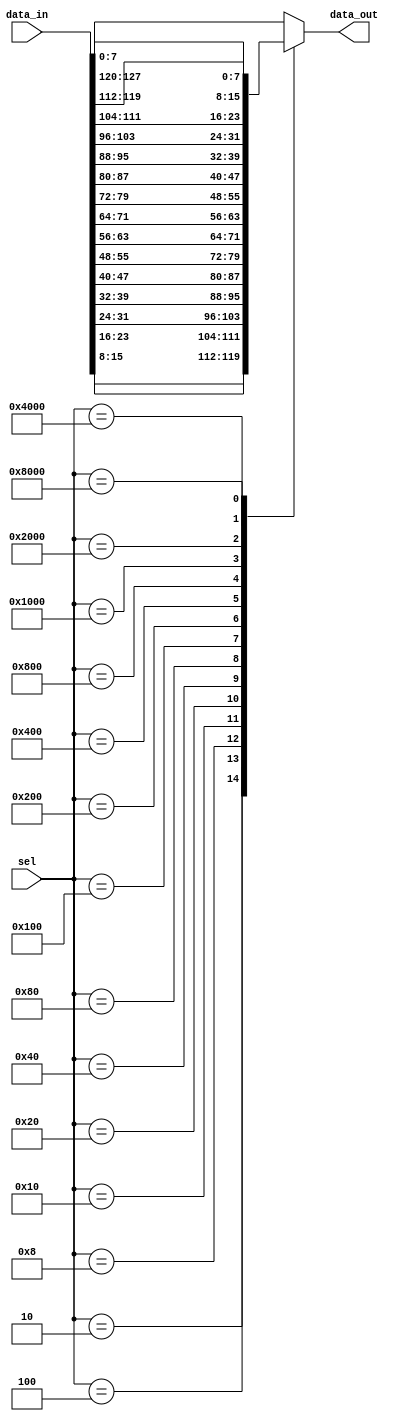
// demux_8x16.v

module demux_8x16(
	input [127:0] data_in,
	input [15:0] sel,
	
	output reg [7:0] data_out
	);
	
	always @(sel or data_in)
	begin
		case(sel)
			1 : begin
				data_out <= data_in[7:0];
			end
			2 : begin
				data_out <= data_in[15:8];
			end
			4 : begin
				data_out <= data_in[23:16];
			end
			8 : begin
				data_out <= data_in[31:24];
			end
			16 : begin
				data_out <= data_in[39:32];
			end
			32 : begin
				data_out <= data_in[47:40];
			end
			64 : begin
				data_out <= data_in[55:48];
			end
			128 : begin
				data_out <= data_in[63:56];
			end
			256 : begin
				data_out <= data_in[71:64];
			end
			512 : begin
				data_out <= data_in[79:72];
			end
			1024 : begin
				data_out <= data_in[87:80];
			end
			2048 : begin
				data_out <= data_in[95:88];
			end
			4096 : begin
				data_out <= data_in[103:96];
			end
			8192 : begin
				data_out <= data_in[111:104];
			end
			16384 : begin
				data_out <= data_in[119:112];
			end
			32768 : begin
				data_out <= data_in[127:120];
			end
			default : begin
				data_out <= data_in[7:0];
			end
		endcase
	end

endmodule